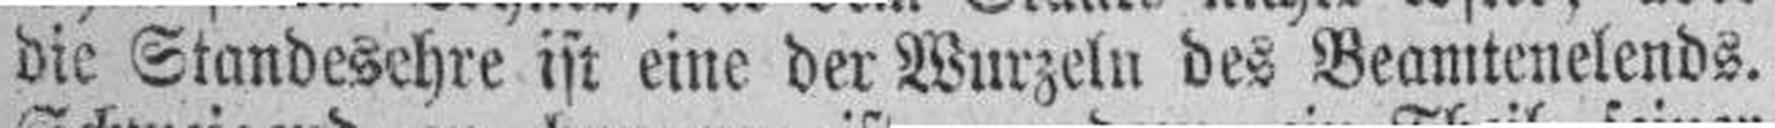
die Standesehre ist eine der Wurzeln des Beamtenelends.